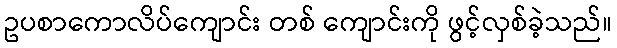
ဥပစာကောလိပ်ကျောင်း တစ် ကျောင်းကို ဖွင့်လှစ်ခဲ့သည်။